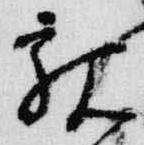
親